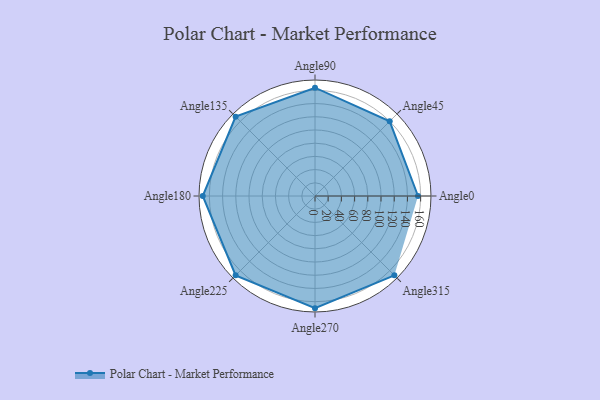
{"axis": {"x": "Angle", "y": "Radius"}, "legend": [""], "data": [{"x": "Angle0", "y": 156.0, "type": ""}, {"x": "Angle45", "y": 160.0, "type": ""}, {"x": "Angle90", "y": 164.0, "type": ""}, {"x": "Angle135", "y": 170, "type": ""}, {"x": "Angle180", "y": 170, "type": ""}, {"x": "Angle225", "y": 170, "type": ""}, {"x": "Angle270", "y": 170, "type": ""}, {"x": "Angle315", "y": 170, "type": ""}]}